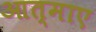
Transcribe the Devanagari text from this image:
आत्माए